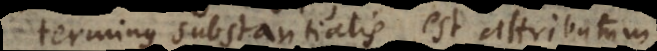
terminus substantialis est attributum